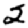
Digit: 2